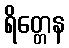
ရိတ္တေန